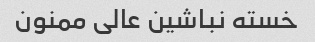
خسته نباشین عالی ممنون